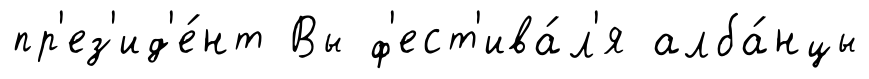
пр'ез'ид'е́нт Вы ф'ест'ива́л'я алба́нцы